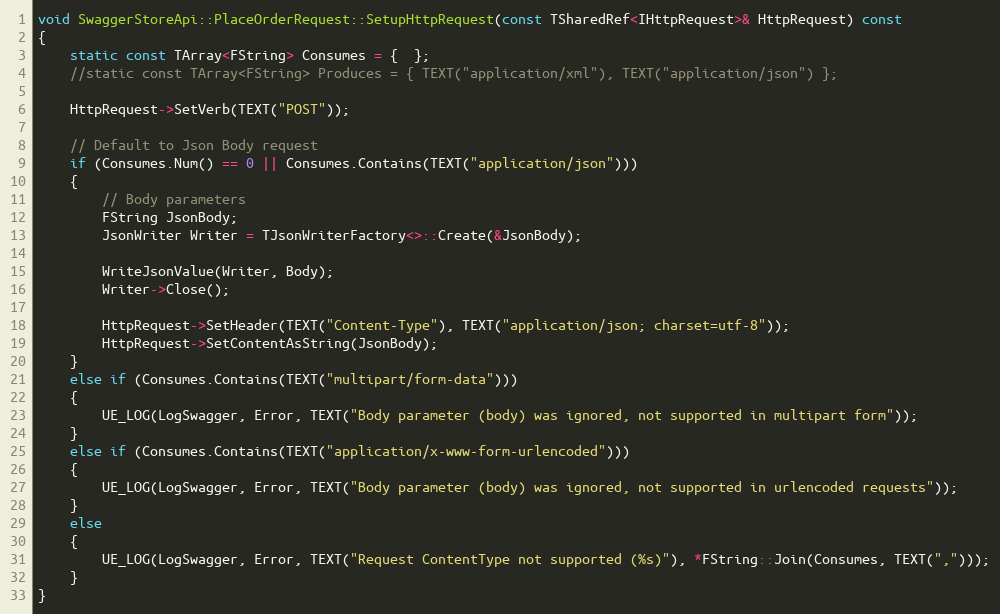
Language: C++
void SwaggerStoreApi::PlaceOrderRequest::SetupHttpRequest(const TSharedRef<IHttpRequest>& HttpRequest) const
{
	static const TArray<FString> Consumes = {  };
	//static const TArray<FString> Produces = { TEXT("application/xml"), TEXT("application/json") };

	HttpRequest->SetVerb(TEXT("POST"));

	// Default to Json Body request
	if (Consumes.Num() == 0 || Consumes.Contains(TEXT("application/json")))
	{
		// Body parameters
		FString JsonBody;
		JsonWriter Writer = TJsonWriterFactory<>::Create(&JsonBody);

		WriteJsonValue(Writer, Body);
		Writer->Close();

		HttpRequest->SetHeader(TEXT("Content-Type"), TEXT("application/json; charset=utf-8"));
		HttpRequest->SetContentAsString(JsonBody);
	}
	else if (Consumes.Contains(TEXT("multipart/form-data")))
	{
		UE_LOG(LogSwagger, Error, TEXT("Body parameter (body) was ignored, not supported in multipart form"));
	}
	else if (Consumes.Contains(TEXT("application/x-www-form-urlencoded")))
	{
		UE_LOG(LogSwagger, Error, TEXT("Body parameter (body) was ignored, not supported in urlencoded requests"));
	}
	else
	{
		UE_LOG(LogSwagger, Error, TEXT("Request ContentType not supported (%s)"), *FString::Join(Consumes, TEXT(",")));
	}
}